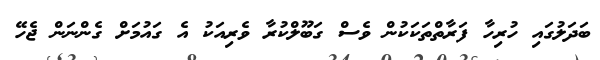
ބަދަލުގައި ހުރިހާ ފަރާތްތަކަކުން ވެސް ގަބޫލްކުރާ ވެރިއަކު އެ ގައުމަށް ގެންނަން ޖެހޭ